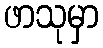
ဖာသုမှာ